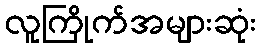
လူကြိုက်အများဆုံး